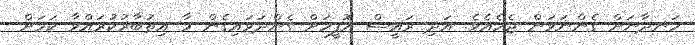
ހަނދާނަށް ގެންނަވަން ޖެހެއެވެ. އަދި ރައީސް އޮފީހަށް ގެންދަވައިގެން މާ އިތުބާރުކުރައްވާ ކަމަށް